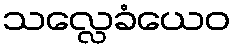
သလ္လေခံယေဝ